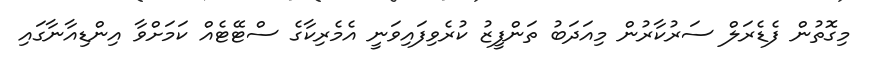
މިގޮތުން ފެޑެރަލް ސަރުކާރުން މިއަދަބު ތަންފީޒު ކުރެވިފައިވަނީ އެމެރިކާގެ ސްޓޭޓެއް ކަމަށްވާ އިންޑިއާނާގައި